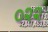
૦૨૨